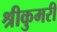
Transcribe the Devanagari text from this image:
श्रीकुमरी